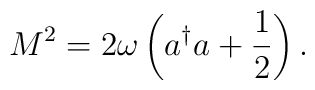
M^{2}=2\omega \left( a^{\dagger }a+\frac{1}{2}\right) .